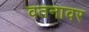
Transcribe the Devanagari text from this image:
वतनावर